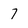
Character: 7